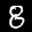
Label: 8